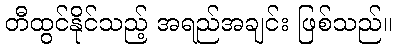
တီထွင်နိုင်သည့် အရည်အချင်း ဖြစ်သည်။